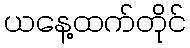
ယနေ့ထက်တိုင်